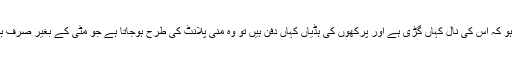
جب آدمی کو یہ معلوم نہ ہو کہ اس کی نال کہاں گڑی ہے اور پرکھوں کی ہڈیاں کہاں دفن ہیں تو وہ منی پلانٹ کی طرح ہوجاتا ہے جو مٹی کے بغیر صرف بوتلوں میں پھلتا پھولتا ہے۔